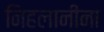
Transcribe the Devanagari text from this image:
निहलानींना